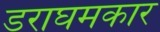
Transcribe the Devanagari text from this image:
डराघमकार